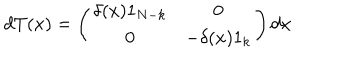
d T ( x ) = \left( \begin{array} { c c } { { \delta ( x ) 1 _ { N - k } } } & { { 0 } } \\ { { 0 } } & { { - \delta ( x ) 1 _ { k } } } \\ \end{array} \right) d x